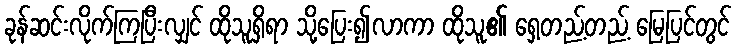
ခုန်ဆင်းလိုက်ကြပြီးလျှင် ထိုသူရှိရာ သို့ပြေး၍လာကာ ထိုသူ၏ ရှေ့တည့်တည့် မြေပြင်တွင်